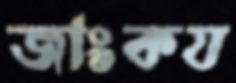
জাংকয